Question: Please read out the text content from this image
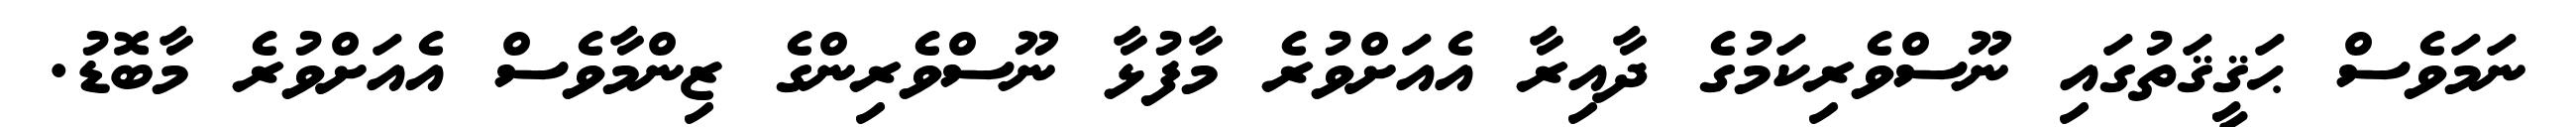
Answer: ނަމަވެސް ޙަޤީޤަތުގައި ނޫސްވެރިކަމުގެ ދާއިރާ އެއަށްވުރެ މާފުޅާ ނޫސްވެރިންގެ ޒިންމާވެސް އެއަށްވުރެ މާބޮޑު.